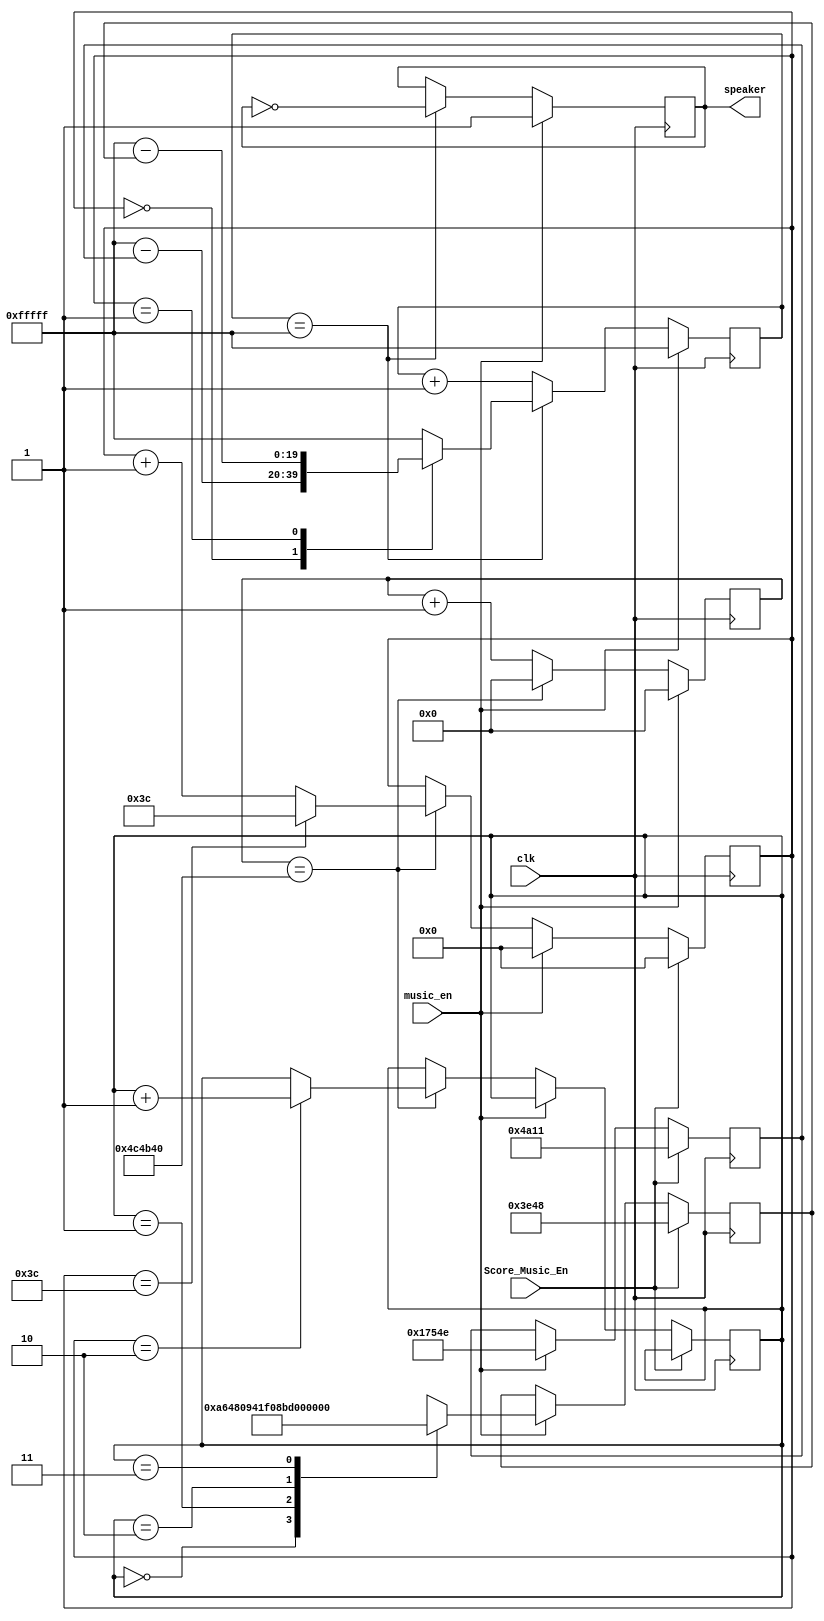

module Music(clk,music_en,Score_Music_En,speaker);
input clk; //50MHZ
input music_en; 
input Score_Music_En;
output speaker; //
/**************************************************************
<>
 1 | 2 | 3 | 4 | 5 | 6 | 7 |
261.6 293.7 329.6 349.2 392 440 493.9
523.3 587.3 659.3 698.5 784 880 987.8
1046.5 1174.7 1318.5 1396.9 1568 1760 1975.5
****************************************************************
<TH=F_clock/2F_tone>
**************************************************************/
parameter TH_L1 = 20'd95566;
parameter TH_L2 = 20'd85121;
parameter TH_L3 = 20'd75850;
parameter TH_L4 = 20'd71592;
parameter TH_L5 = 20'd63776;
parameter TH_L6 = 20'd56818;
parameter TH_L7 = 20'd50618;
parameter TH_M1 = 20'd47774;
parameter TH_M2 = 20'd42568;

parameter TH_M3 = 20'd37919;
parameter TH_M4 = 20'd35791;
parameter TH_M5 = 20'd31887;
parameter TH_M6 = 20'd28409;
parameter TH_M7 = 20'd25309;
parameter TH_H1 = 20'd23889;
parameter TH_H2 = 20'd21282;
parameter TH_H3 = 20'd18961;
parameter TH_H4 = 20'd17897;
parameter TH_H5 = 20'd15944;
parameter TH_H6 = 20'd14205;
parameter TH_H7 = 20'd12655;
/***************************************************************/
reg [19:0 ] cnt_tone; //MAX=1048575
/*********************************************************
<VALUE=MAX-TH>
*********************************************************/
parameter VALUE_MAX = 20'd1048575;
parameter VALUE_L5 = 20'd984799;
parameter VALUE_L6 = 20'd991757;
parameter VALUE_L7 = 20'd997957;
parameter VALUE_M1 = 20'd1000801;
parameter VALUE_M2 = 20'd1006007;
parameter VALUE_M3 = 20'd1010656;
parameter VALUE_M5 = 20'd1016688;
parameter VALUE_M6 = 20'd1020166;
reg speaker;
reg [19:0] TH_RELOAD;
always @(posedge clk)
begin
	if(music_en)
		begin
			cnt_tone <= VALUE_MAX;
			speaker <= 1'b1;
		end
	else
		
		begin
			cnt_tone <= cnt_tone + 20'b1;
			if(cnt_tone == VALUE_MAX)
				begin
					cnt_tone <= TH_RELOAD;
					speaker <= ~speaker;
				end
		end
end
reg [23:0] cnt_250ms;
reg [19:0]music_1;
reg [19:0]music_2;
reg [1:0]music_2_cnt;
always @(posedge clk)
begin
	if(music_en)
		begin
			cnt_250ms <= 24'b0;
		end
	else
		begin
			if(cnt_250ms == 24'd5000000)
				cnt_250ms <= 24'b0;
			else
				cnt_250ms <= cnt_250ms + 24'b1;
		end
end

reg [8:0] cnt_unit;
always @(posedge clk)
begin
	if(Score_Music_En)
		begin
			music_1 <= TH_H3;
			music_2 <= TH_H5;
			cnt_unit <= 0;
		end
	else if(music_en)
		begin
			music_1 <= TH_L1;
			case(music_2_cnt)
			2'b00:music_2 <= TH_M2;
			2'b01:music_2 <= TH_M3;
			2'b10:music_2 <= TH_M4;
			2'b11:music_2 <= TH_M5;
			endcase 
			cnt_unit <= 0;
		end
	else 
		begin
			if(cnt_250ms == 24'd5000000)
				begin
					cnt_unit <= cnt_unit +1;
					if(cnt_unit == 2) music_2_cnt <= music_2_cnt + 1;
					if(cnt_unit == 60) cnt_unit <= 60;
				end
		
		end
end

always @(cnt_unit)
begin
	case(cnt_unit)
	9'd0:TH_RELOAD = VALUE_MAX - music_1;
	9'd1:TH_RELOAD = VALUE_MAX - music_2;
	default:TH_RELOAD = VALUE_MAX;
	endcase
end
endmodule